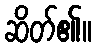
ဆိတ်၏။